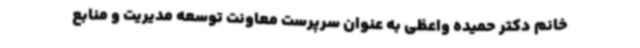
خانم دکتر حمیده واعظی به عنوان سرپرست معاونت توسعه مدیریت و منابع